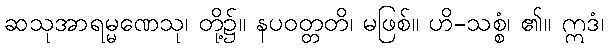
ဆသုအာရမ္မဏေသု၊ တို့၌။ နပဝတ္တတိ၊ မဖြစ်။ ဟိ-သစ္စံ၊ ၏။ ဣဒံ၊